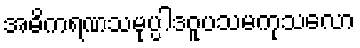
အဓိကရဏသမုပ္ပါဒဝူပသမကုသလော